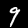
Digit: 9